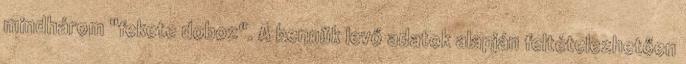
mindhárom "fekete doboz". A bennük levő adatok alapján feltételezhetően